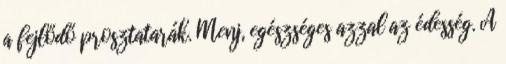
a fejlődő prosztatarák. Menj, egészséges azzal az édesség. A